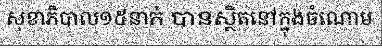
សុខាភិបាល១៥នាក់ បានស្ថិតនៅក្នុងចំណោម